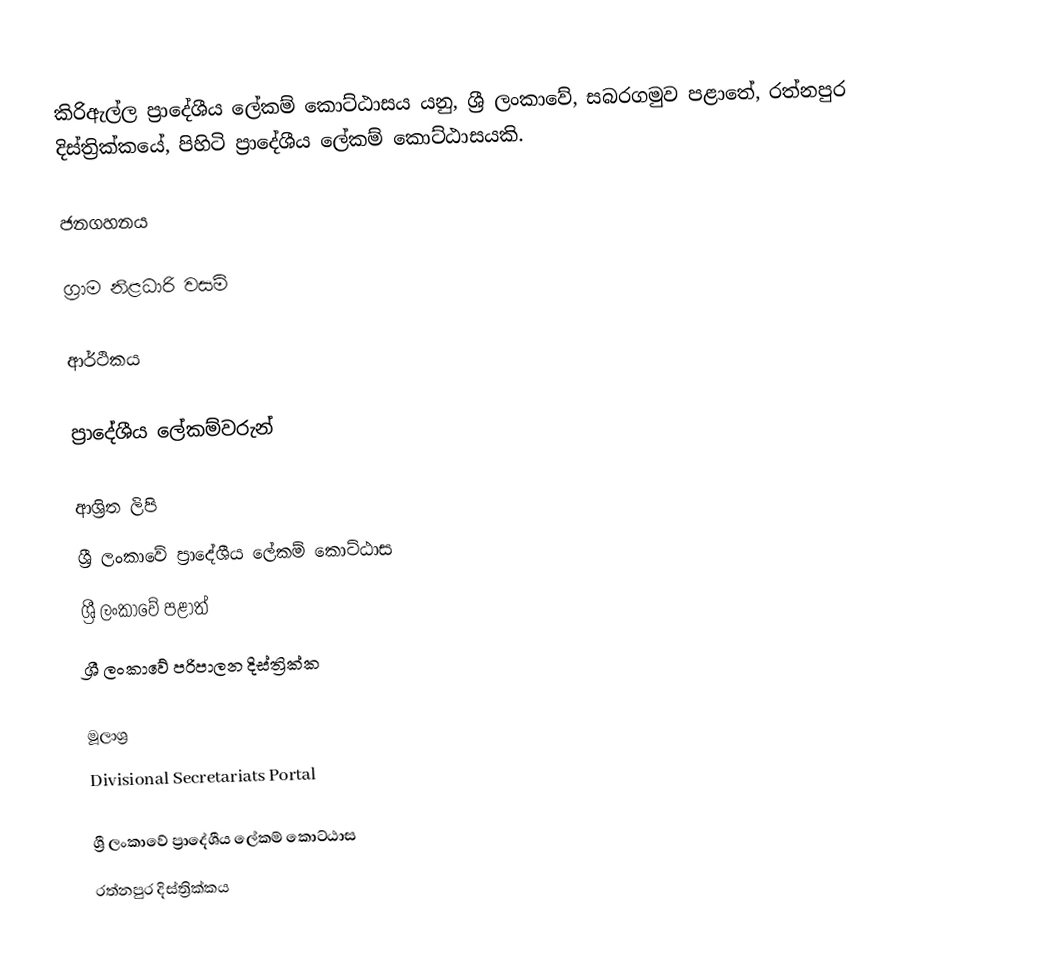
කිරිඇල්ල ප්‍රාදේශීය ලේකම් කොට්ඨාසය යනු,  ශ්‍රී ලංකාවේ, සබරගමුව පළාතේ,   රත්නපුර දිස්ත්‍රික්කයේ, පිහිටි ප්‍රාදේශීය ලේකම් කොට්ඨාසයකි.

ජනගහනය

ග්‍රාම නිළධාරි වසම්

ආර්ථිකය

ප්‍රාදේශීය ලේකම්වරුන්

ආශ්‍රිත ලිපි
ශ්‍රී ලංකාවේ ප්‍රාදේශීය ලේකම් කොට්ඨාස
ශ්‍රී ලංකාවේ පළාත්
ශ්‍රී ලංකාවේ පරිපාලන දිස්ත්‍රික්ක

මූලාශ්‍ර
 Divisional Secretariats Portal

ශ්‍රී ලංකාවේ ප්‍රාදේශීය ලේකම් කොට්ඨාස
රත්නපුර  දිස්ත්‍රික්කය